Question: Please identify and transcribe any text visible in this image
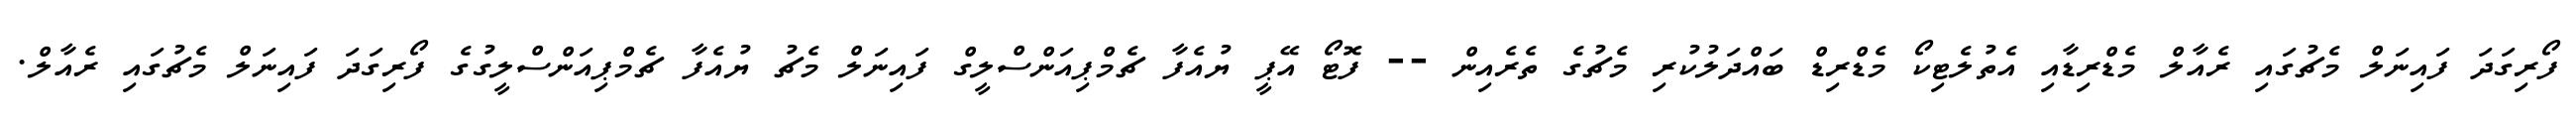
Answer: ފޯރިގަދަ ފައިނަލް މެޗުގައި ރެއާލް މެޑްރިޑާއި އެތުލެޓިކޯ މެޑްރިޑް ބައްދަލުކުރި މެޗުގެ ތެރެއިން -- ފޮޓޯ އޭޕީ ޔުއެފާ ޗެމްޕިއަންސްލީގް ފައިނަލް މެޗު ޔުއެފާ ޗެމްޕިއަންސްލީގުގެ ފޯރިގަދަ ފައިނަލް މެޗުގައި ރެއާލް.